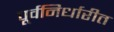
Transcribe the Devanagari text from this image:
पूर्वनिर्धारीत